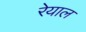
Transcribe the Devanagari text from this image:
रेयाल